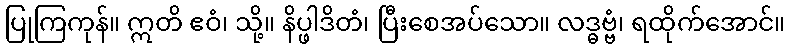
ပြုကြကုန်။ ဣတိ ဧဝံ၊ သို့။ နိပ္ဖါဒိတံ၊ ပြီးစေအပ်သော။ လဒ္ဓဗ္ဗံ၊ ရထိုက်အောင်။